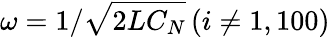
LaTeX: \omega=1/\sqrt{2LC_{N}}\, (i\neq 1,100)